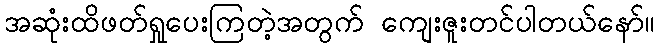
အဆုံးထိဖတ်ရှုပေးကြတဲ့အတွက် ကျေးဇူးတင်ပါတယ်နော်။